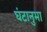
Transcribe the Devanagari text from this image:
घंटानुमा